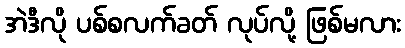
အဲဒီလို ပစ်စလက်ခတ် လုပ်လို့ ဖြစ်မလား